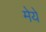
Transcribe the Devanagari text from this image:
मेये